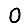
Digit: 0